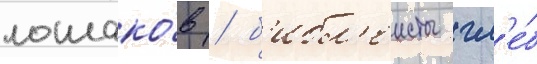
лошако́в / б'ибл'еисты гл'е́б